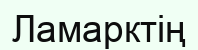
Ламарктің